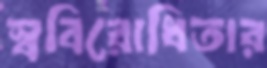
স্ববিরোধিতার